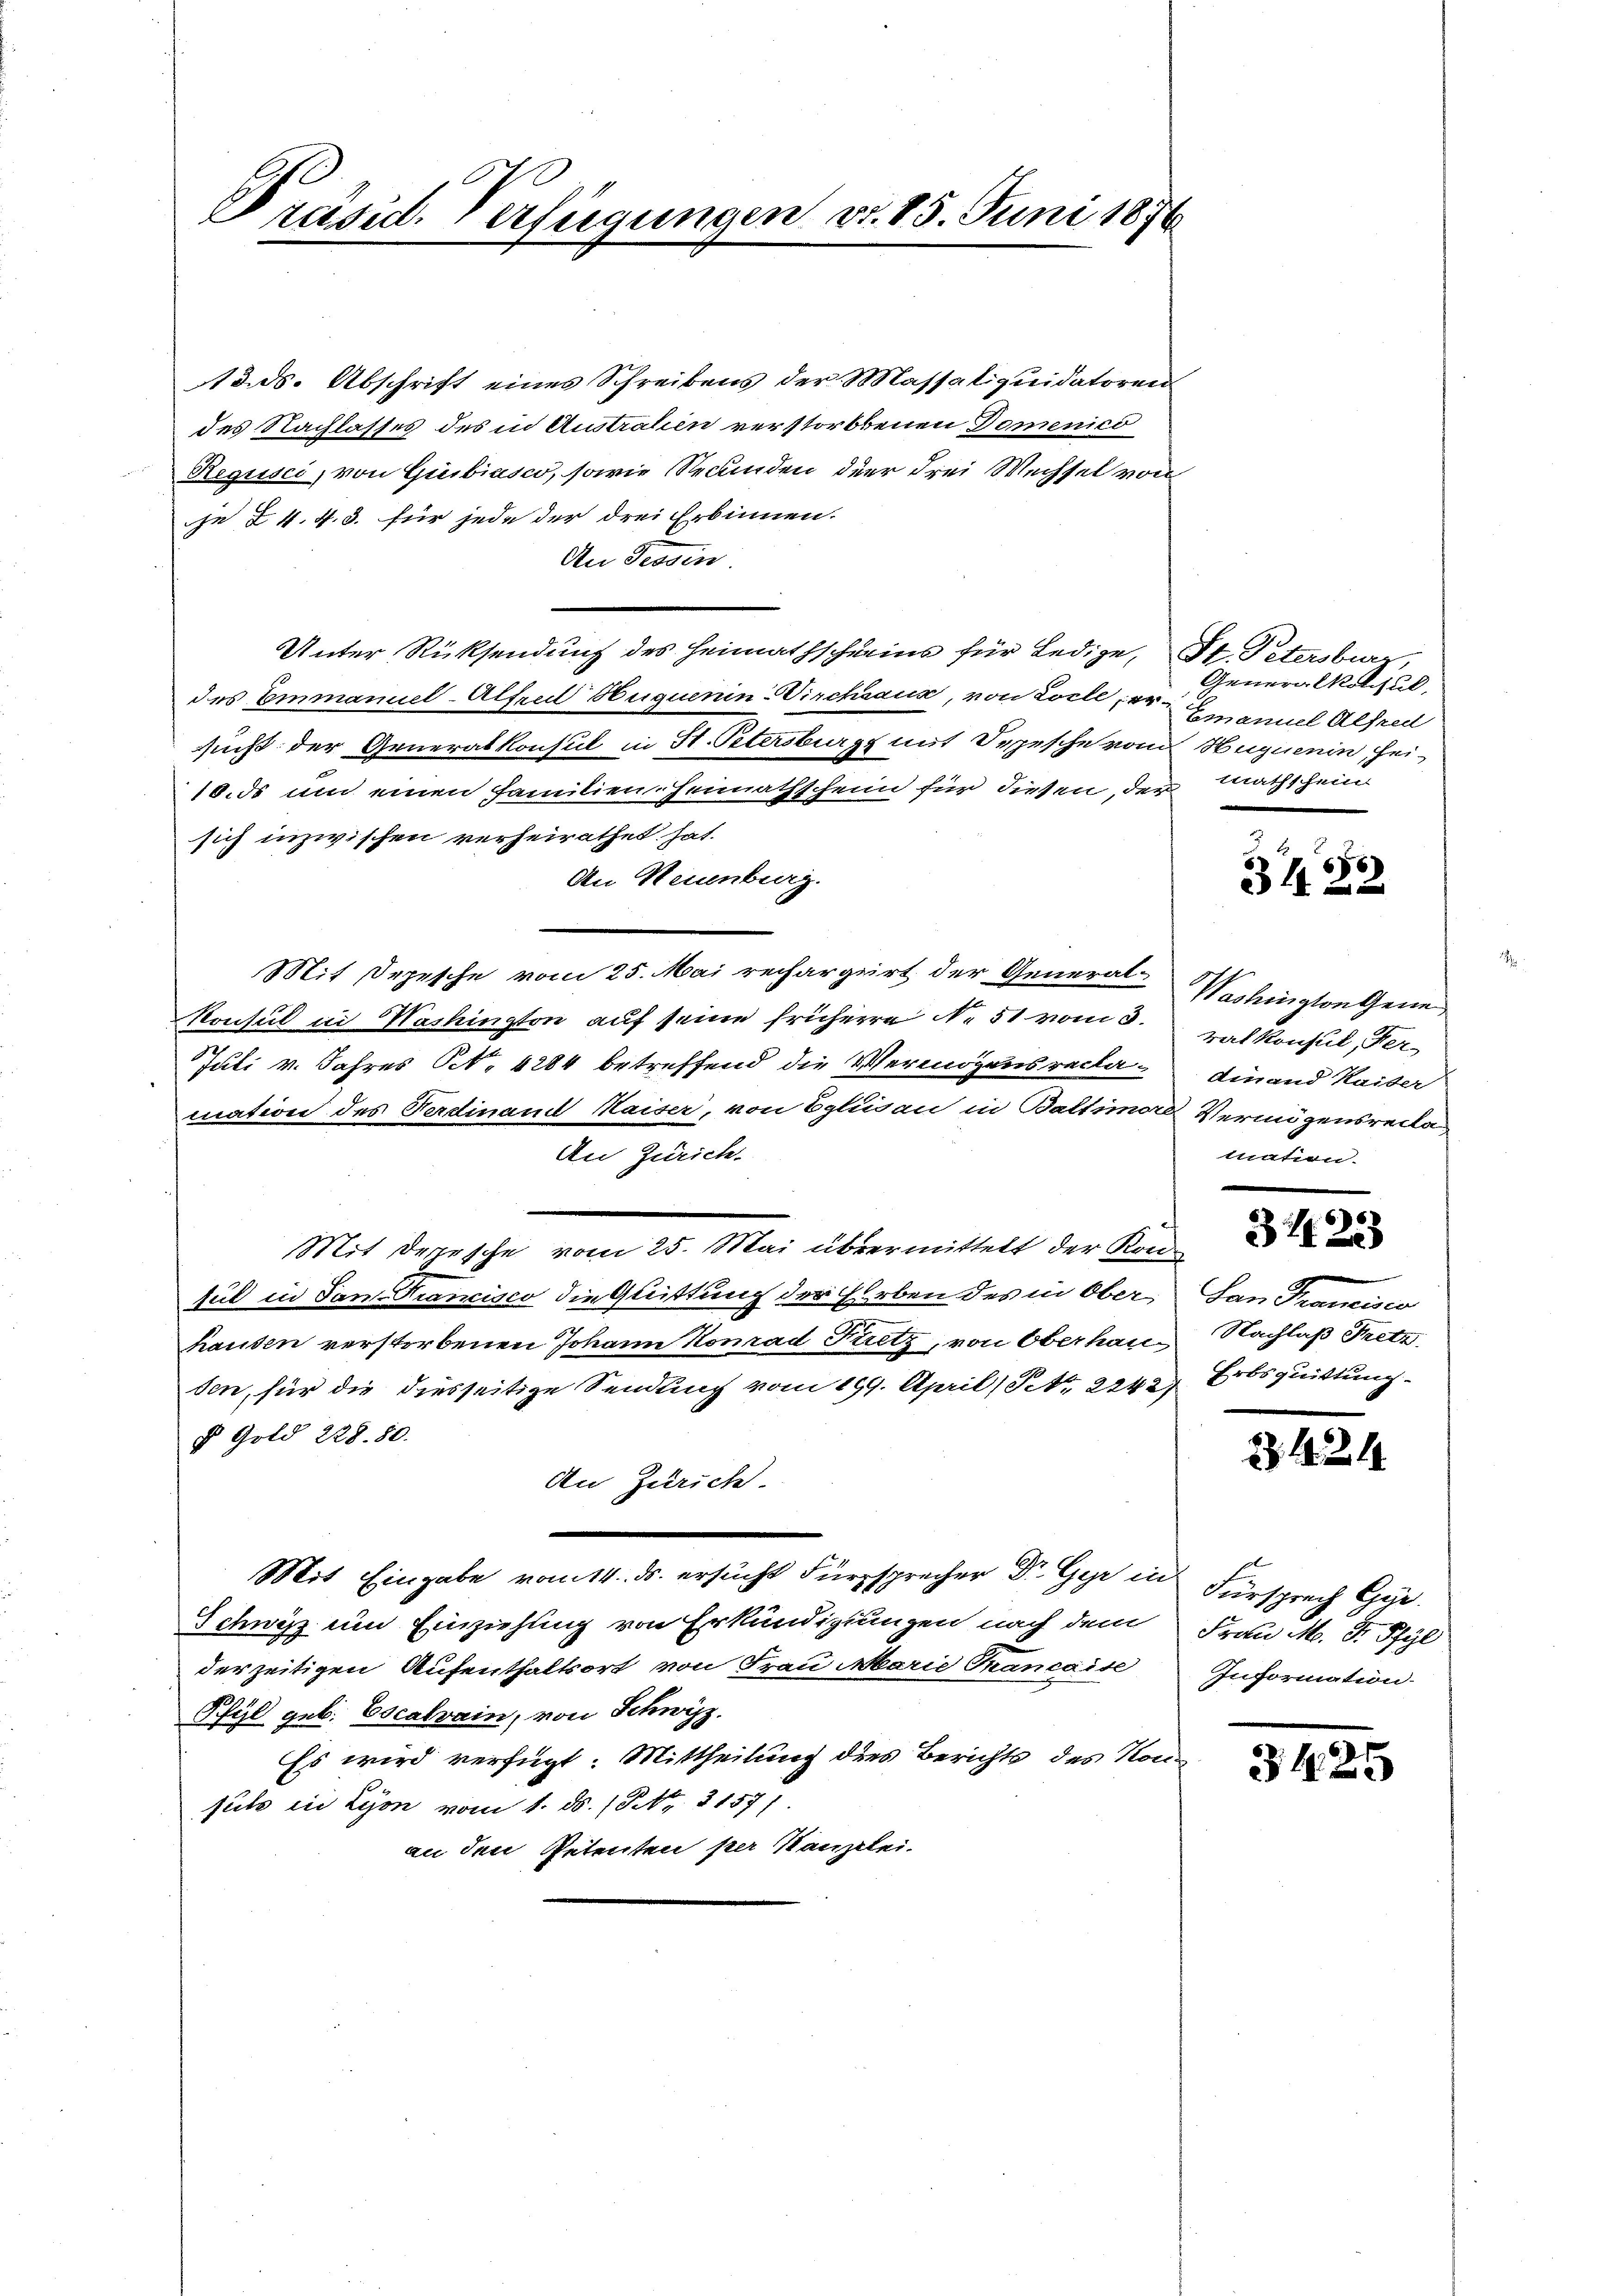
13. ds. Abschrift eines Schreibens der Massaliquidatoren
des Nachlasses des in Austrahen verstorbenen Domenico
Regusci, von Girbiasco, sowie Recunden der drei Wechsel von
je 2 v. 4. 3. für jede der drei Erbinnen.
An Tessin
Unter Rücksendung des Heimathscheins für Ledige, St. Petersburg,
des Emmanuel-Alten Hequenin-Virchsaux, von Locle er¬
Auch der Generalkonsul in St. Petersburg mit Depesche vom Huguenin hei¬
10.ds um einen Familien Heimathschein für diesen, der mathschein
sich inzwischen verheirathet hat.
An Neuenburg.
Mit Depesche vom 25. Mai rechargrirt der General-Verlingten Gene
Konsul in Washington auf seine frühere No. 51 vom 3. rat Konsul, der
Juli v. Jahres N. 4284 betreffend die Vermögensreclamation des Verdinand Kaiser, von Splüden in Baltimors Vermögensrechen
An Zürich.
Mit derische vom 25. Mai übermittelt der Kontul in San. Krancisco die Glittung der Erben des in Ober, San Francisco
hausen verstorbenen Johann Konrad Fritz, von Oberhausen, für die diesseitige Sendung vom 199. April (Tit. 2242)
 Gold 228. 80.
An Zürich.
Mit Eingabe vom 14. ds. ersucht Fürsprecher Dr. Gyr in Fürsprech Gy
Schwyz um Einziehung von Erkundigungen nach dem Frau M. D. Pfyl
derzeitigen Aufenthaltsort von Frau Marie Tancaise
Pfyl geb. Eocalrain, von Schwyz
Es wird verfügt: Mittheilung dies Berichts des Kon
suls in Lyon vom 1. ds. (NNNo. 2157/
an den Petenten per Kanzlei-

Präsid. Verfügungen v. 15. Juni 187

Generalkonsul,
Emanuel Alfred

66)
342

dinand Kaiser
tuation.

3425

Nachlaß Pretz
Erbsquittung.

2421

Information.

3425